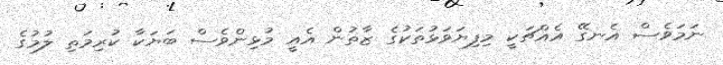
ނަމަވެސް އެނގޭ އެއްޗަކީ މިފިޔަވަޅުތަކުގެ ޒާތުން އެއީ މުޅިންވެސް ބަޔަކާ ކުރިމަތި ލުމުގެ